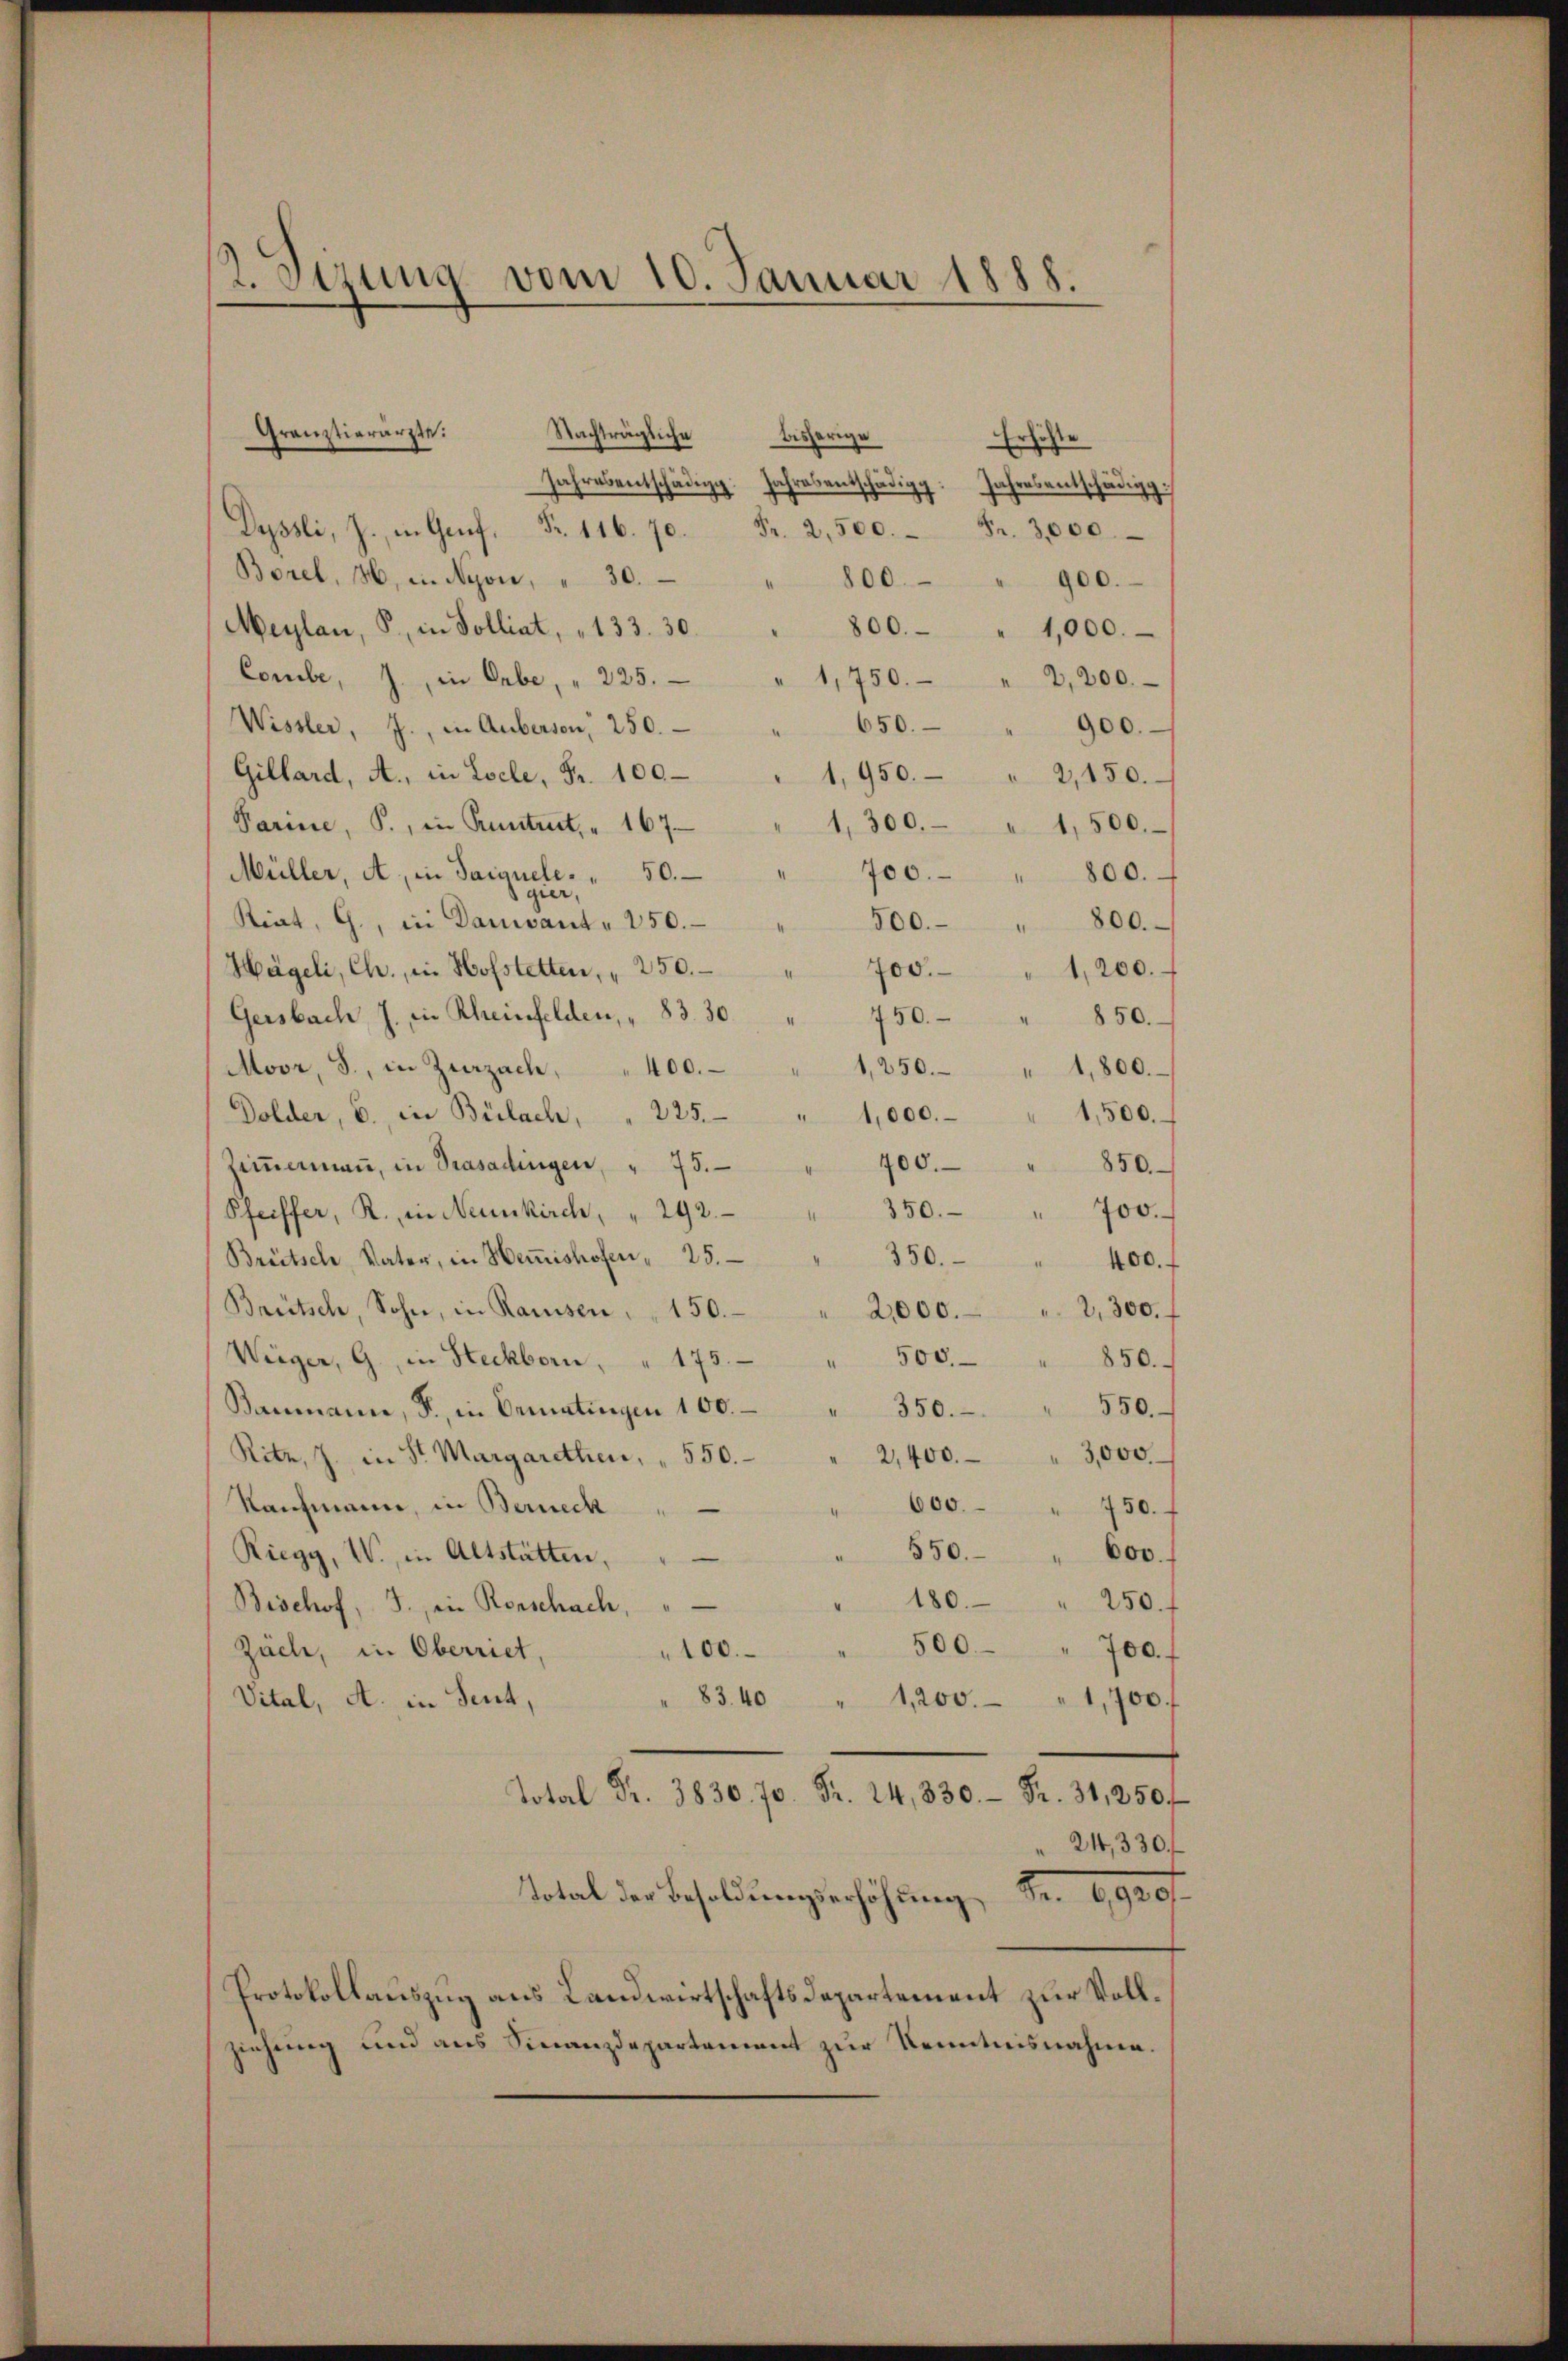
2. Setzung vom 10. Januar 1888.

Nachträgliche bisherige
Erschte
Jahresentschädig
chraentschädigg. Jahresentschädigg.
Dyssli, J. in Genf, Fr. 116. 70. Fr. 2,500. Fr. 3,000.
Borel, 16, in Nyon, " 30. " 800. " 900.
Meylau, P., in Solliat, 133. 30. " 800. - " 1,000.
Combe, J., in Gabe, " 225. " 1,750.
2,200.
Wissler, J., in Auberson, 250. - " 650.- " 900.
Gillard, A., in Loele, Fr. 100
1,950. " 2,150.
Parine, P., in Rentent. 167.
1,300. " 1,500.
Müller, A., in Sarguele. " 50. " 700.
800.
1
gier,
Riat, G., in Damiant. 250.
500.- " 800.
Hägeli, Ch., in Hofstetten, " 250.
II
700 " 1,200.
Gersbach J. in Rheinfelden, " 83. 30
750.
850.
Moor, S., in Zurzach, " 400. " 1250. " 1,800.
Dolder, 6. in Bülach, " 225.
1,500.
" 1,000.
Ziṁermaṅ, in Trasadingen, " 75.
400.
850.
350. " 700.
Pfeiffer, R. in Neunkirch, " 292.
Breitsche Vater, in Heṁishofen, 25.
350.
400.
Breitsch, Sohn, in Ramsen, " 150.
2,300.
2,000.
500.
Wieger, G. in Steckborn, " 175.
850.
Baumann, B. in Bematingen 100. " 350.
550.
Rite, J. in St. Margarethen, " 550.
2,400. " 3,000
Raufmann, in Berneck
600 " 750.
" 550. " 600.
Riegy, W. in Altstätten,
" 180. " 250.
Bischof, J., in Rorschach,
500
Zäch, in Oberriet,
700.
100.
A
83.40
"1,200.
1,700
Vital, A. in Seut,
Total Fr. 830 Fr. 4, 330. Fr. 31, 250f
" 244, 330 f
Total der Besoldungserhöhung, Fr. 1,920/
Protokollauszug aus Landwirtschaftsdepartement zur Vollziehung und aus Finanzdepartement zur Kenntnisnahme.

Gränztierärzte.

e